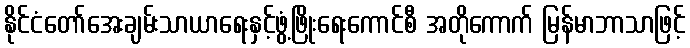
နိုင်ငံတော်အေးချမ်းသာယာရေးနှင့်ဖွံ့ဖြိုးရေးကောင်စီ အတိုကောက် မြန်မာဘာသာဖြင့်